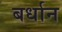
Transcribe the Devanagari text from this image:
बर्धान